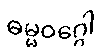
ဓမ္မဝဂ္ဂေါ